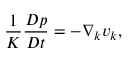
\frac { 1 } { K } \frac { D p } { D t } = - \nabla _ { k } v _ { k } ,